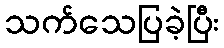
သက်သေပြခဲ့ပြီး